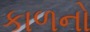
કાળનો